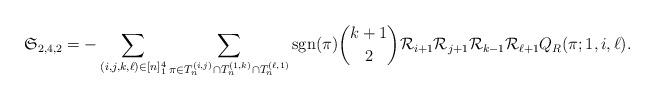
LaTeX: \begin{align*} \mathfrak{S}_{2,4,2} &= -\sum_{(i,j,k,\ell)\in [n]_1^4}\sum_{\pi \in T_n^{(i,j)}\cap T_n^{(1,k)}\cap T_n^{(\ell,1)}} \mathrm{sgn}(\pi) \binom{k+1}{2} \mathcal{R}_{i+1}\mathcal{R}_{j+1}\mathcal{R}_{k-1}\mathcal{R}_{\ell+1} Q_{R}(\pi;1,i,\ell). \end{align*}